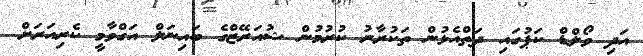
އަދި ވޯލްޑް ކަޕުގައި ދަތްއެޅުން ތަކުރާރު ކުރުމުން ޝުއަރޭޒްގެ ބައިނަލް އަގްވާމީ ކެރިއަރަށް